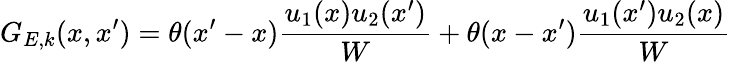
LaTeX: G_{E,k}(x,x^{\prime})=\theta(x^{\prime}-x)\frac{u_{1}(x)u_{2}(x^{\prime})}{W}+\theta(x-x^{\prime})\frac{u_{1}(x^{\prime})u_{2}(x)}{W}